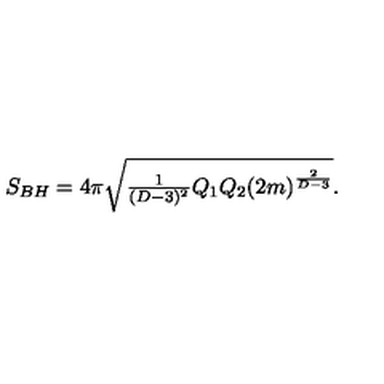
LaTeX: S _ { B H } = 4 \pi \sqrt { { \textstyle { \frac { 1 } { ( D - 3 ) ^ { 2 } } } } Q _ { 1 } Q _ { 2 } { ( 2 m ) } ^ { \frac { 2 } { D - 3 } } } .